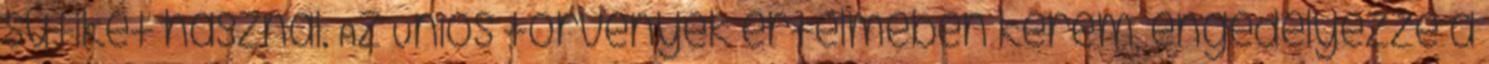
sütiket használ. Az Uniós törvények értelmében kérem, engedélyezze a